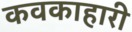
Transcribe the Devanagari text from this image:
कवकाहारी